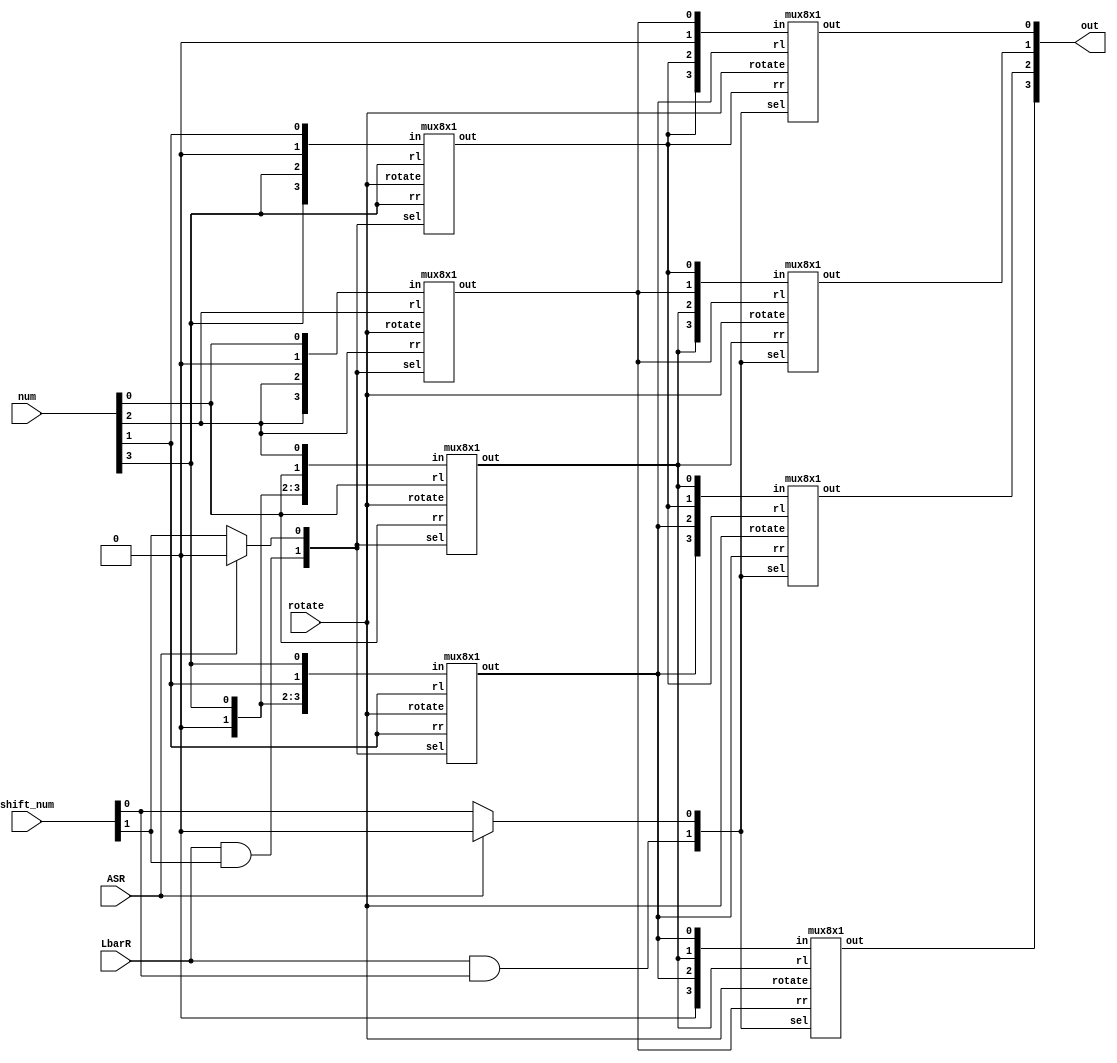
/*
**************************************************
N-bit Barrel Shifter with 5 functionality.
**************************************************
Functions:
> Logical Left Shift
> Logical Right Shift
> Arithmetic Right Shift
> Rotate Left
> Rotate Right

Implementation:
Structural Modelling style using generate block.
Nlog2N 4x1 MUX are used with connection hardwired
stage-wise. As per the shift amount, stages performs
shifting operation. 

> For LSL: All n-bit MSB connections are made with
(N-n) remaining LSB connection. n = 2 ** stage number.
> For LSR: All n-bit LSB connections are made with
(N-n) remaining MSB connections. n = 2 ** stage number.
> For ASR: All n-bit MSB bits are connected to N-1 bit.
Thus, Most signigicant bit is replicated by the shift amount.
**************************************************
*/

module barrelShifter #(
	parameter N = 4,
	parameter B = $clog2(N)		
) (
	input [N-1:0]num,
	input [B-1:0]shift_num,
	input LbarR,
	input ASR,rotate,
	output [N-1:0] out
);

wire [N-1:0] inbtw [B:0];
wire [1:0] sbit [B-1:0];

genvar k;
generate
	for (k = 0; k < B; k = k+1) begin: select_logic
		assign sbit[k][1] = LbarR & shift_num[k];
		assign sbit[k][0] = (ASR == 1'b1) ? 1'b0 : shift_num[k];
	end
endgenerate

assign inbtw[B] = num;

genvar i,j;
generate
	for(i = B-1; i >= 0; i = i-1) begin: stage
		for(j = N-1; j >= 0; j = j-1) begin: mux
		
			if(j >= N-(2**i)) begin
				mux8x1 mz(.sel(sbit[i]), .rotate(rotate), .in({1'b0, inbtw[i+1][N-1], inbtw[i+1][j-(2**i)], inbtw[i+1][j]}), .rr(inbtw[i+1][(2**i)-(N-j)]), .rl(inbtw[i+1][j-(2**i)]), .out(inbtw[i][j]));
			end
			else if(j < N-(2**i) && j >= (2**i)) begin
				mux8x1 ml(.sel(sbit[i]), .rotate(rotate), .in({inbtw[i+1][j+(2**i)], inbtw[i+1][j+(2**i)], inbtw[i+1][j-(2**i)], inbtw[i+1][j]}), .rr(inbtw[i+1][j+(2**i)]), .rl(inbtw[i+1][j-(2**i)]), .out(inbtw[i][j]));
			end
			else begin
				mux8x1 ms(.sel(sbit[i]), .rotate(rotate), .in({inbtw[i+1][j+(2**i)], inbtw[i+1][j+(2**i)], 1'b0, inbtw[i+1][j]}), .rr(inbtw[i+1][j+(2**i)]), .rl(inbtw[i+1][(N+j)-(2**i)]), .out(inbtw[i][j]));
			end
			
		end
	end
endgenerate

assign out = inbtw[0];

endmodule



// MUX 8x1
module mux8x1(
	input [3:0]in,
	input rl,rr,
	input [1:0]sel,
	input rotate,
	output out
);

assign out = rotate ?((~sel[1] & ~sel[0] & in[0]) |
              (~sel[1] & sel[0] & rl) |
              (sel[1] & ~sel[0] & in[0]) |
              (sel[1] & sel[0] & rr)):
				  ((~sel[1] & ~sel[0] & in[0]) |
              (~sel[1] & sel[0] & in[1]) |
              (sel[1] & ~sel[0] & in[2]) |
              (sel[1] & sel[0] & in[3]));

endmodule